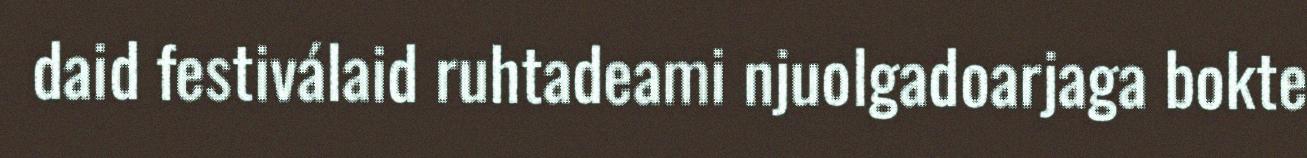
daid festiválaid ruhtadeami njuolgadoarjaga bokte